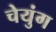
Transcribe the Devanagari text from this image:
चेयुंग